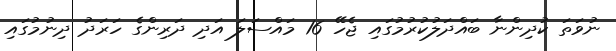
ނުވަތަ ކުދިންނާ ބައްދަލުކުރުމުގައި ޖެހޭ 16 މައްސަލަ އަދި ދަރިންގެ ހަރަދު ދިނުމުގައި